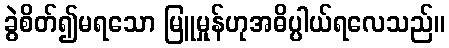
ခွဲစိတ်၍မရသော မြူမှုန်ဟုအဓိပ္ပါယ်ရလေသည်။